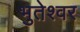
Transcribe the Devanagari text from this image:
भुतेश्वर